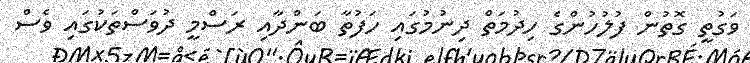
ވަގުތީ ގޮތުން ފުލުހުންގެ ހިދުމަތް ދިނުމުގައި ހަފުތާ ބަންދާއި ރަސްމީ ދުވަސްތަކުގައި ވެސް